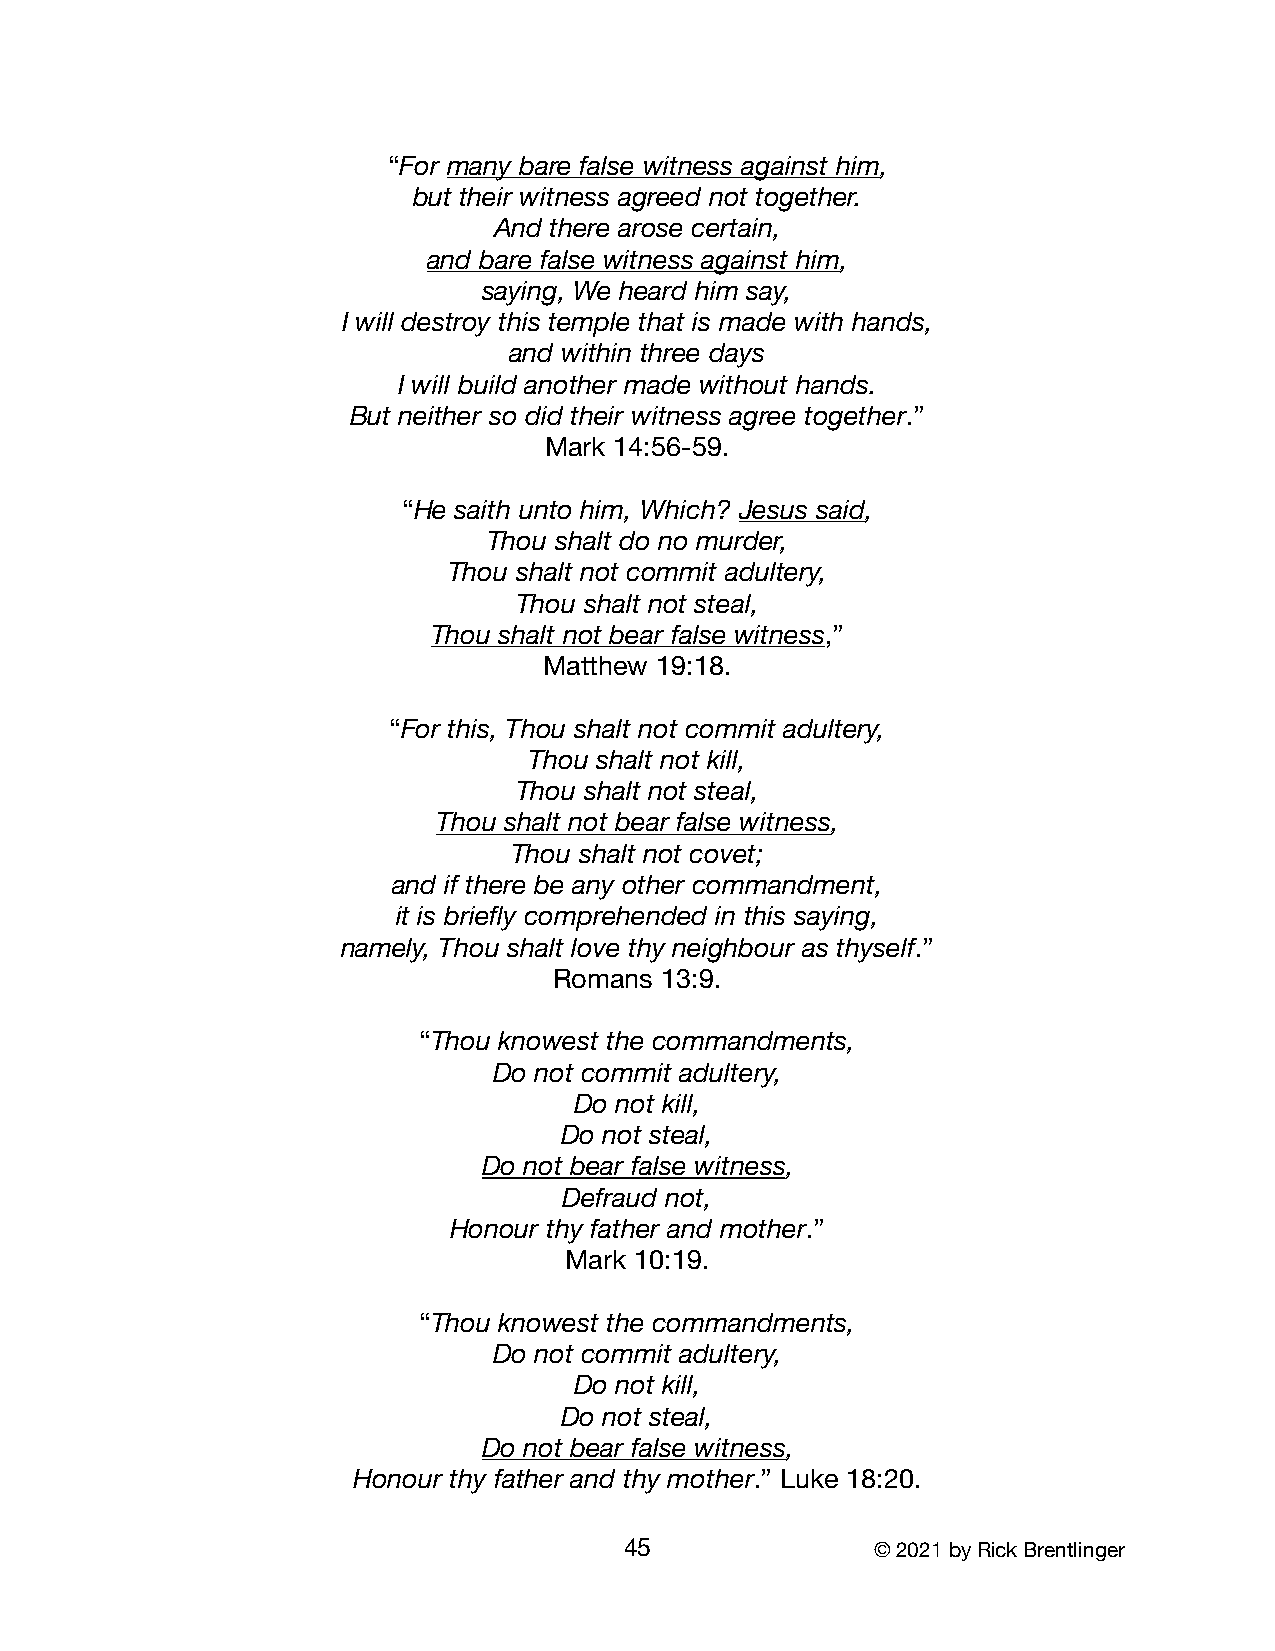
“For many bare false witness against him,
 but their witness agreed not together.
 And there arose certain,
 and bare false witness against him,
 saying, We heard him say,
 I will destroy this temple that is made with hands,
 and within three days
 I will build another made without hands.
 But neither so did their witness agree together.”
 Mark 14:56-59.
 “He saith unto him, Which? Jesus said,
 Thou shalt do no murder,
 Thou shalt not commit adultery,
 Thou shalt not steal,
 Thou shalt not bear false witness,”
 Matthew 19:18.
 “For this, Thou shalt not commit adultery,
 Thou shalt not kill,
 Thou shalt not steal,
 Thou shalt not bear false witness,
 Thou shalt not covet;
 and if there be any other commandment,
 it is briefly comprehended in this saying,
 namely, Thou shalt love thy neighbour as thyself.”
 Romans 13:9.
 “Thou knowest the commandments,
 Do not commit adultery,
 Do not kill,
 Do not steal,
 Do not bear false witness,
 Defraud not,
 Honour thy father and mother.”
 Mark 10:19.
 “Thou knowest the commandments,
 Do not commit adultery,
 Do not kill,
 Do not steal,
 Do not bear false witness,
 Honour thy father and thy mother.” Luke 18:20.
 45               © 2021 by Rick Brentlinger